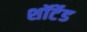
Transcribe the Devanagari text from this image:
शॉर्टेड